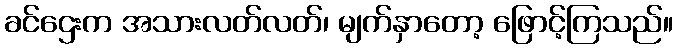
ခင်ဌေးက အသားလတ်လတ်၊ မျက်နှာတော့ ဖြောင့်ကြသည်။